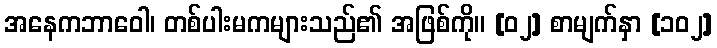
အနေကဘာဝေါ၊ တစ်ပါးမကများသည်၏ အဖြစ်ကို။ [၀၂] စာမျက်နှာ [၁၀၂]